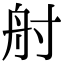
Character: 𡬫